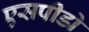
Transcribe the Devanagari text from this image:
एसपीडो